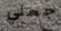
جعلي